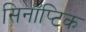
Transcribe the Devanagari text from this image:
सिनॉप्टिक